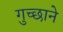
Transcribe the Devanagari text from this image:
गुच्छाने